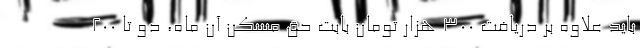
باید علاوه بر دریافت ۳۰۰ هزار تومان بابت حق مسکن آن ماه، دو تا ۲۰۰